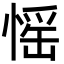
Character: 愮